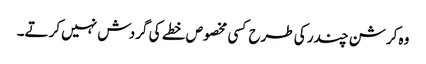
وہ کرشن چندر کی طرح کسی مخصوص خطے کی گردش نہیں کرتے۔